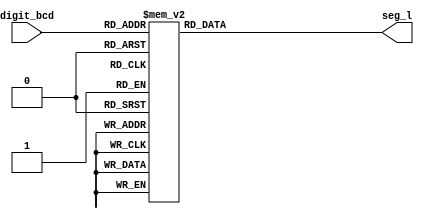
`timescale 1ns / 1ps

module decoder(
    digit_bcd, seg_l);
    
    // decoder outputs a seven bit cathode value depending which digit we have to show , input of digit is done in BCD format
    input [3:0] digit_bcd;
    output reg [6:0] seg_l;
    always@( digit_bcd) begin
 case( digit_bcd)
    4'b0000: seg_l = 7'b0000001;   
    4'b0001: seg_l = 7'b1001111; 
    4'b0010: seg_l = 7'b0010010;  
    4'b0011: seg_l = 7'b0000110;  
    4'b0100: seg_l = 7'b1001100;  
    4'b0101: seg_l = 7'b0100100;  
    4'b0110: seg_l = 7'b0100000;  
    4'b0111: seg_l = 7'b0001111;  
    4'b1000: seg_l = 7'b0000000;   
    4'b1001: seg_l = 7'b0000100;  
    default: seg_l = 7'b0000001; 
 endcase 
 end
endmodule